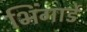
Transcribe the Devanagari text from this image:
भिंगार्डे